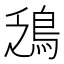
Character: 鴔